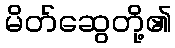
မိတ်ဆွေတို့၏